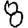
Digit: 8